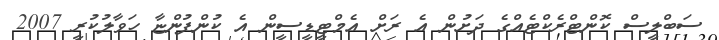
ސަބްލީސް ކޮންޓްރެކްޓެއްގެ ދަށުން އެ ރަށް އެމްޓީޑީސީން އެ ކުންފުންޏާ ހަވާލުކުރީ 2007